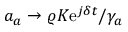
a _ { a } \rightarrow \varrho K \mathrm { e } ^ { j \delta t } / \gamma _ { a }